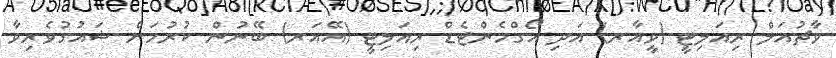
ވާޗުއަލް ރިއަލިޓީ (ވީއާރ) އަދި އޯގްމެންޓެޑް ރިއަލިޓީ (އޭއަރ) ބޭނުން ކުރުމަށް ޝައުގުވެރިވާ